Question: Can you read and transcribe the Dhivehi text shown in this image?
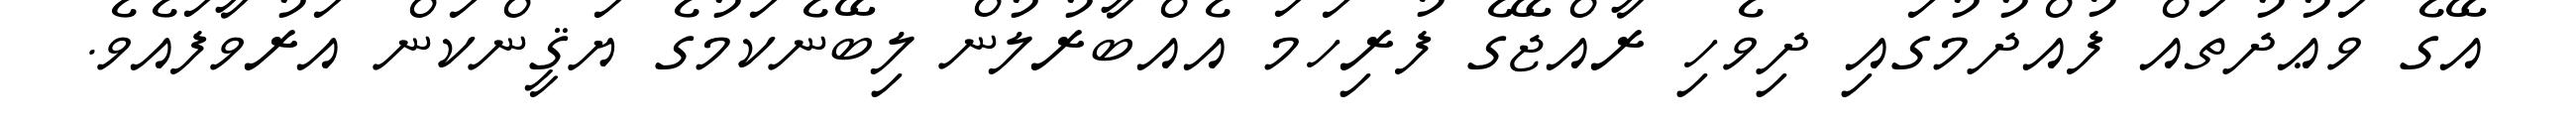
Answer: އޭގެ ވަޢުދުތައް ފުއްދުމުގައި ދިވެހި ރާއްޖޭގެ ފުރިހަމަ އެއްބާރުލުން ލިބޭނެކަމުގެ ޔަޤީންކަން އަރުވާފައެވެ.